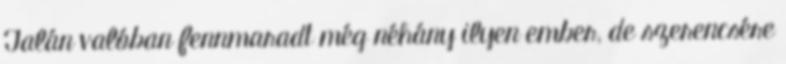
Talán valóban fennmaradt még néhány ilyen ember, de szerencsére